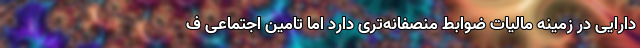
دارایی در زمینه مالیات ضوابط منصفانه‌تری دارد اما تامین اجتماعی ف